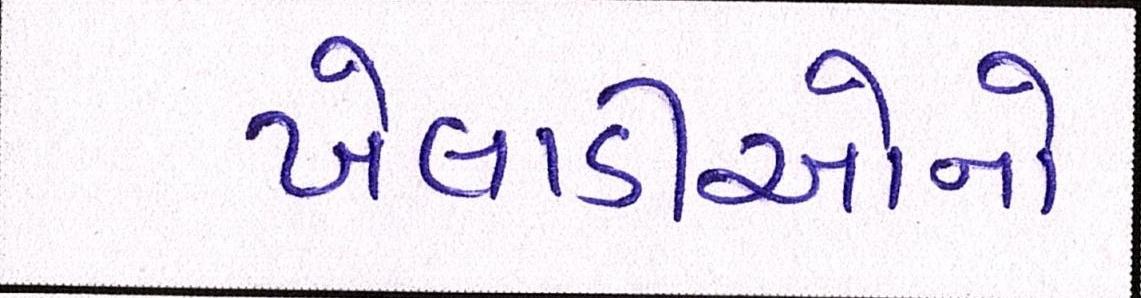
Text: ખેલાડીઓનો